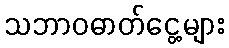
သဘာဝဓာတ်ငွေ့များ